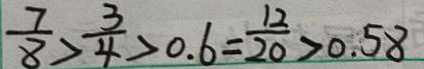
\frac { 7 } { 8 } > \frac { 3 } { 4 } > 0 . 6 = \frac { 1 2 } { 2 0 } > 0 . 5 8